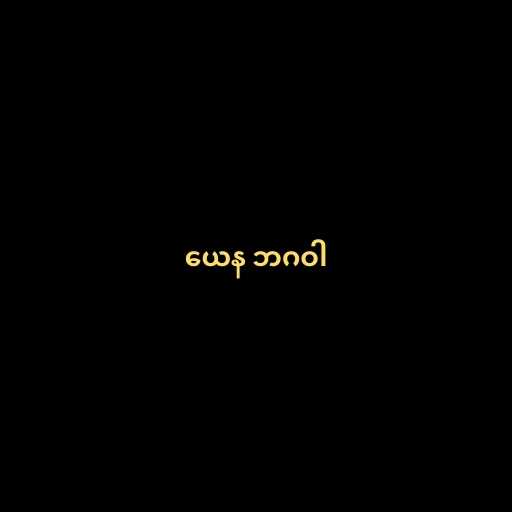
ယေန ဘဂဝါ